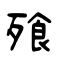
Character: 飱